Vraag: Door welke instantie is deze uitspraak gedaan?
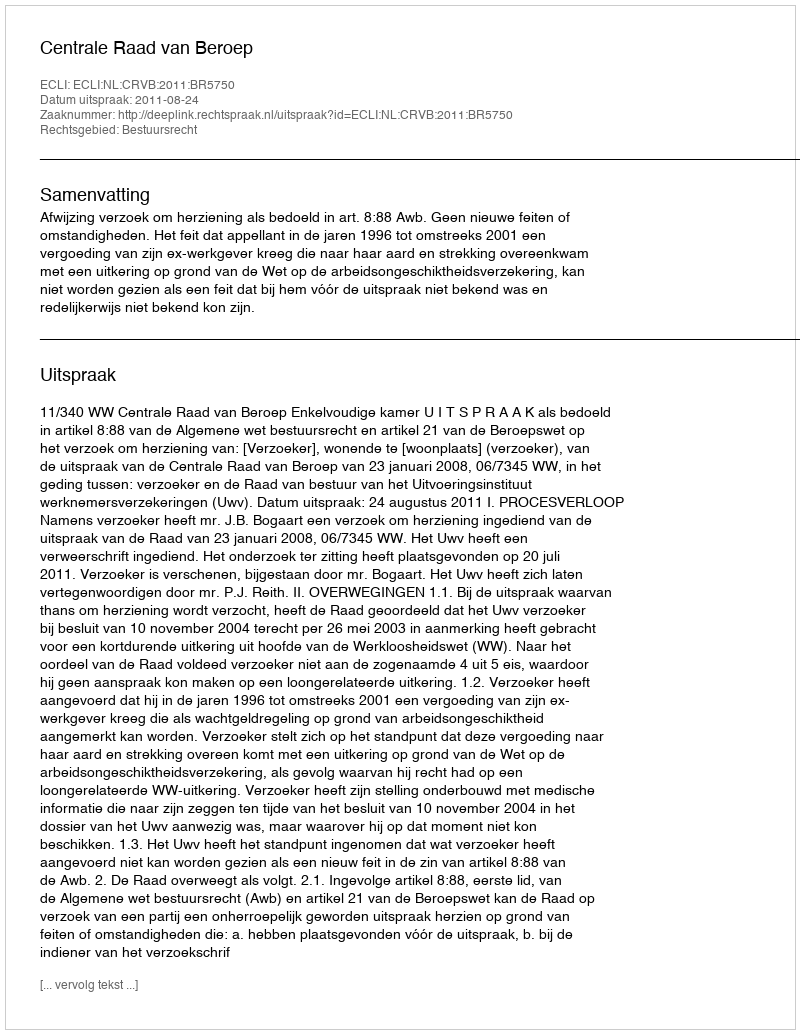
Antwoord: Centrale Raad van Beroep